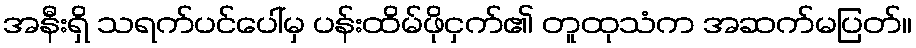
အနီးရှိ သရက်ပင်ပေါ်မှ ပန်းထိမ်ဖိုငှက်၏ တူထုသံက အဆက်မပြတ်။